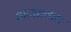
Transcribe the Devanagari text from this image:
आयतकार